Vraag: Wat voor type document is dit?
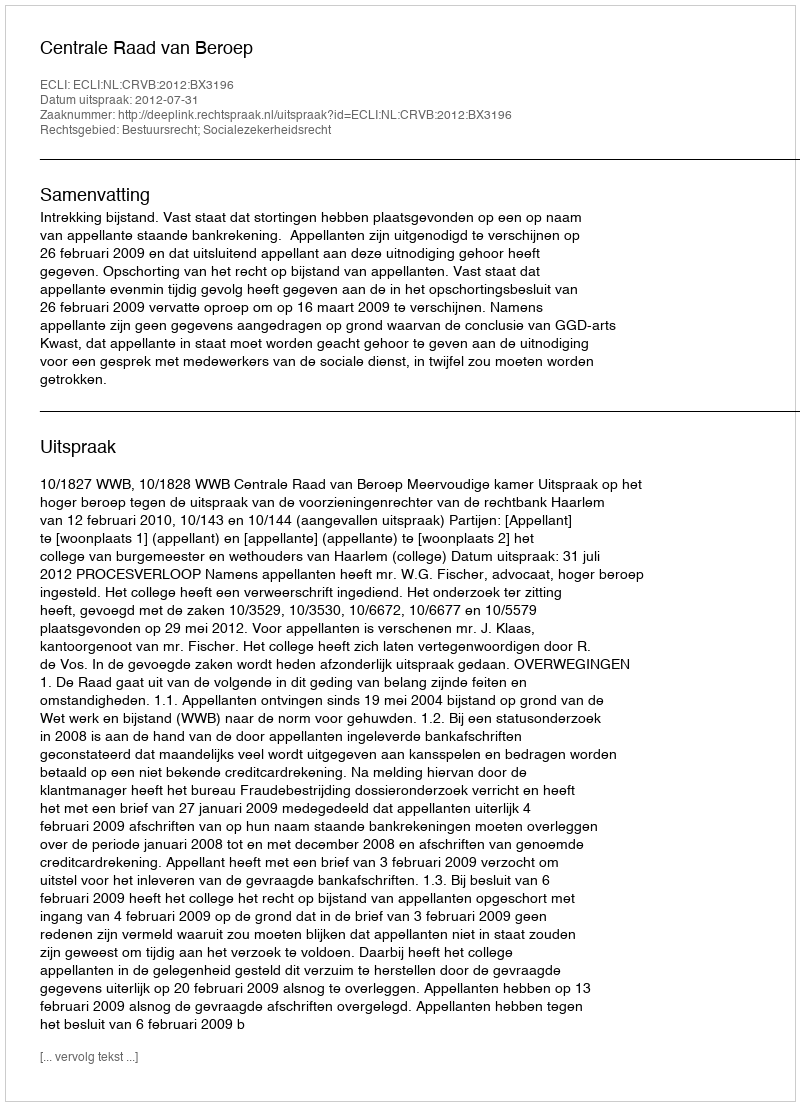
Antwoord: Uitspraak